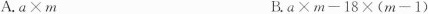
A.$$a\times m$$ B.$$a\times m-18\times(m-1)$$